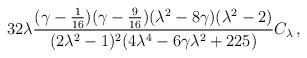
LaTeX: \begin{align*}32\lambda {(\gamma-{1\over 16})(\gamma-{9\over 16})(\lambda^2-8\gamma)(\lambda^2-2)\over (2\lambda^2-1)^2(4\lambda^4-6\gamma\lambda^2+225)}C_\lambda\,,\end{align*}